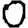
Digit: 0